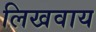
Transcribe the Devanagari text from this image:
लिखवाय